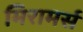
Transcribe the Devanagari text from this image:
मिरामर्स